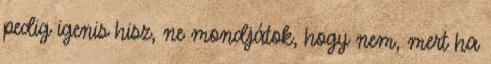
pedig igenis hisz, ne mondjátok, hogy nem, mert ha